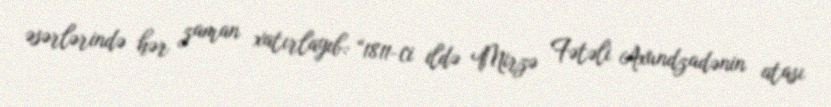
əsərlərində hər zaman xatırlayıb: “1811-ci ildə Mirzə Fətəli Axundzadənin atası